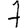
Digit: 7